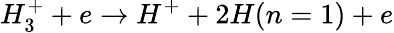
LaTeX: H_{3}^{+}+e\rightarrow H^{+}+2H(n=1)+e